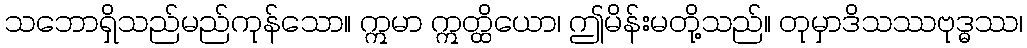
သဘောရှိသည်မည်ကုန်သော။ ဣမာ ဣတ္ထိယော၊ ဤမိန်းမတို့သည်။ တုမှာဒိသဿဗုဒ္ဓဿ၊